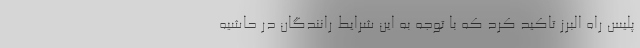
پلیس راه البرز تاکید کرد که با توجه به این شرایط رانندگان در حاشیه